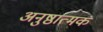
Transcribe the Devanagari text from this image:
अनुष्ठात्मक